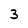
Character: 3